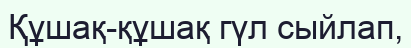
Құшақ-құшақ гүл сыйлап,